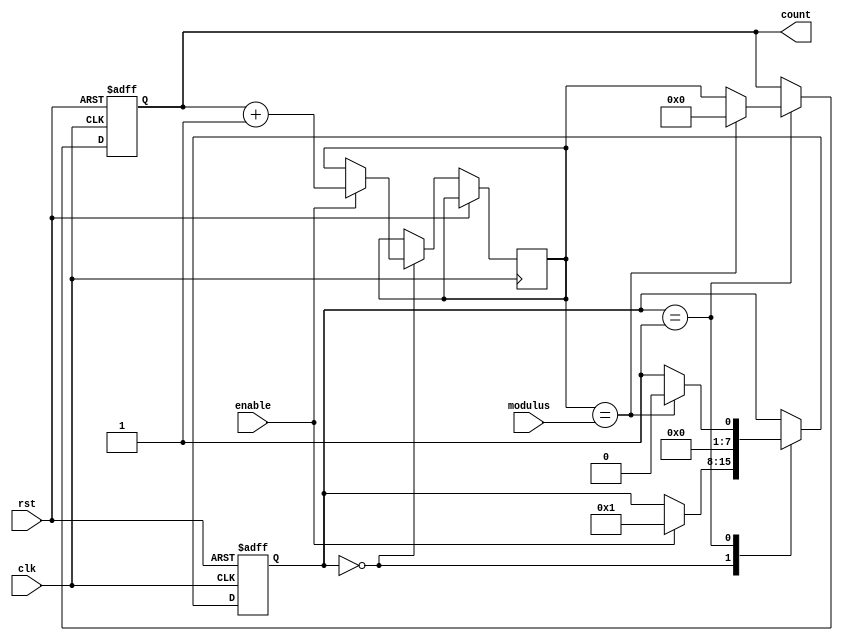
module Modulus_Counter (
    input wire clk,
    input wire rst,
    input wire enable,
    input wire [7:0] modulus,
    output reg [7:0] count
);

reg [7:0] next_count;
reg [7:0] state;

parameter IDLE = 0;
parameter COUNTING = 1;

always @(posedge clk or posedge rst) begin
    if (rst) begin
        count <= 8'h00;
        state <= IDLE;
    end else begin
        case (state)
            IDLE: begin
                if (enable) begin
                    next_count <= count + 1;
                    state <= COUNTING;
                end
            end
            COUNTING: begin
                if (next_count == modulus) begin
                    count <= 8'h00;
                    state <= IDLE;
                end else begin
                    count <= next_count;
                    state <= COUNTING;
                end
            end
        endcase
    end
end

endmodule